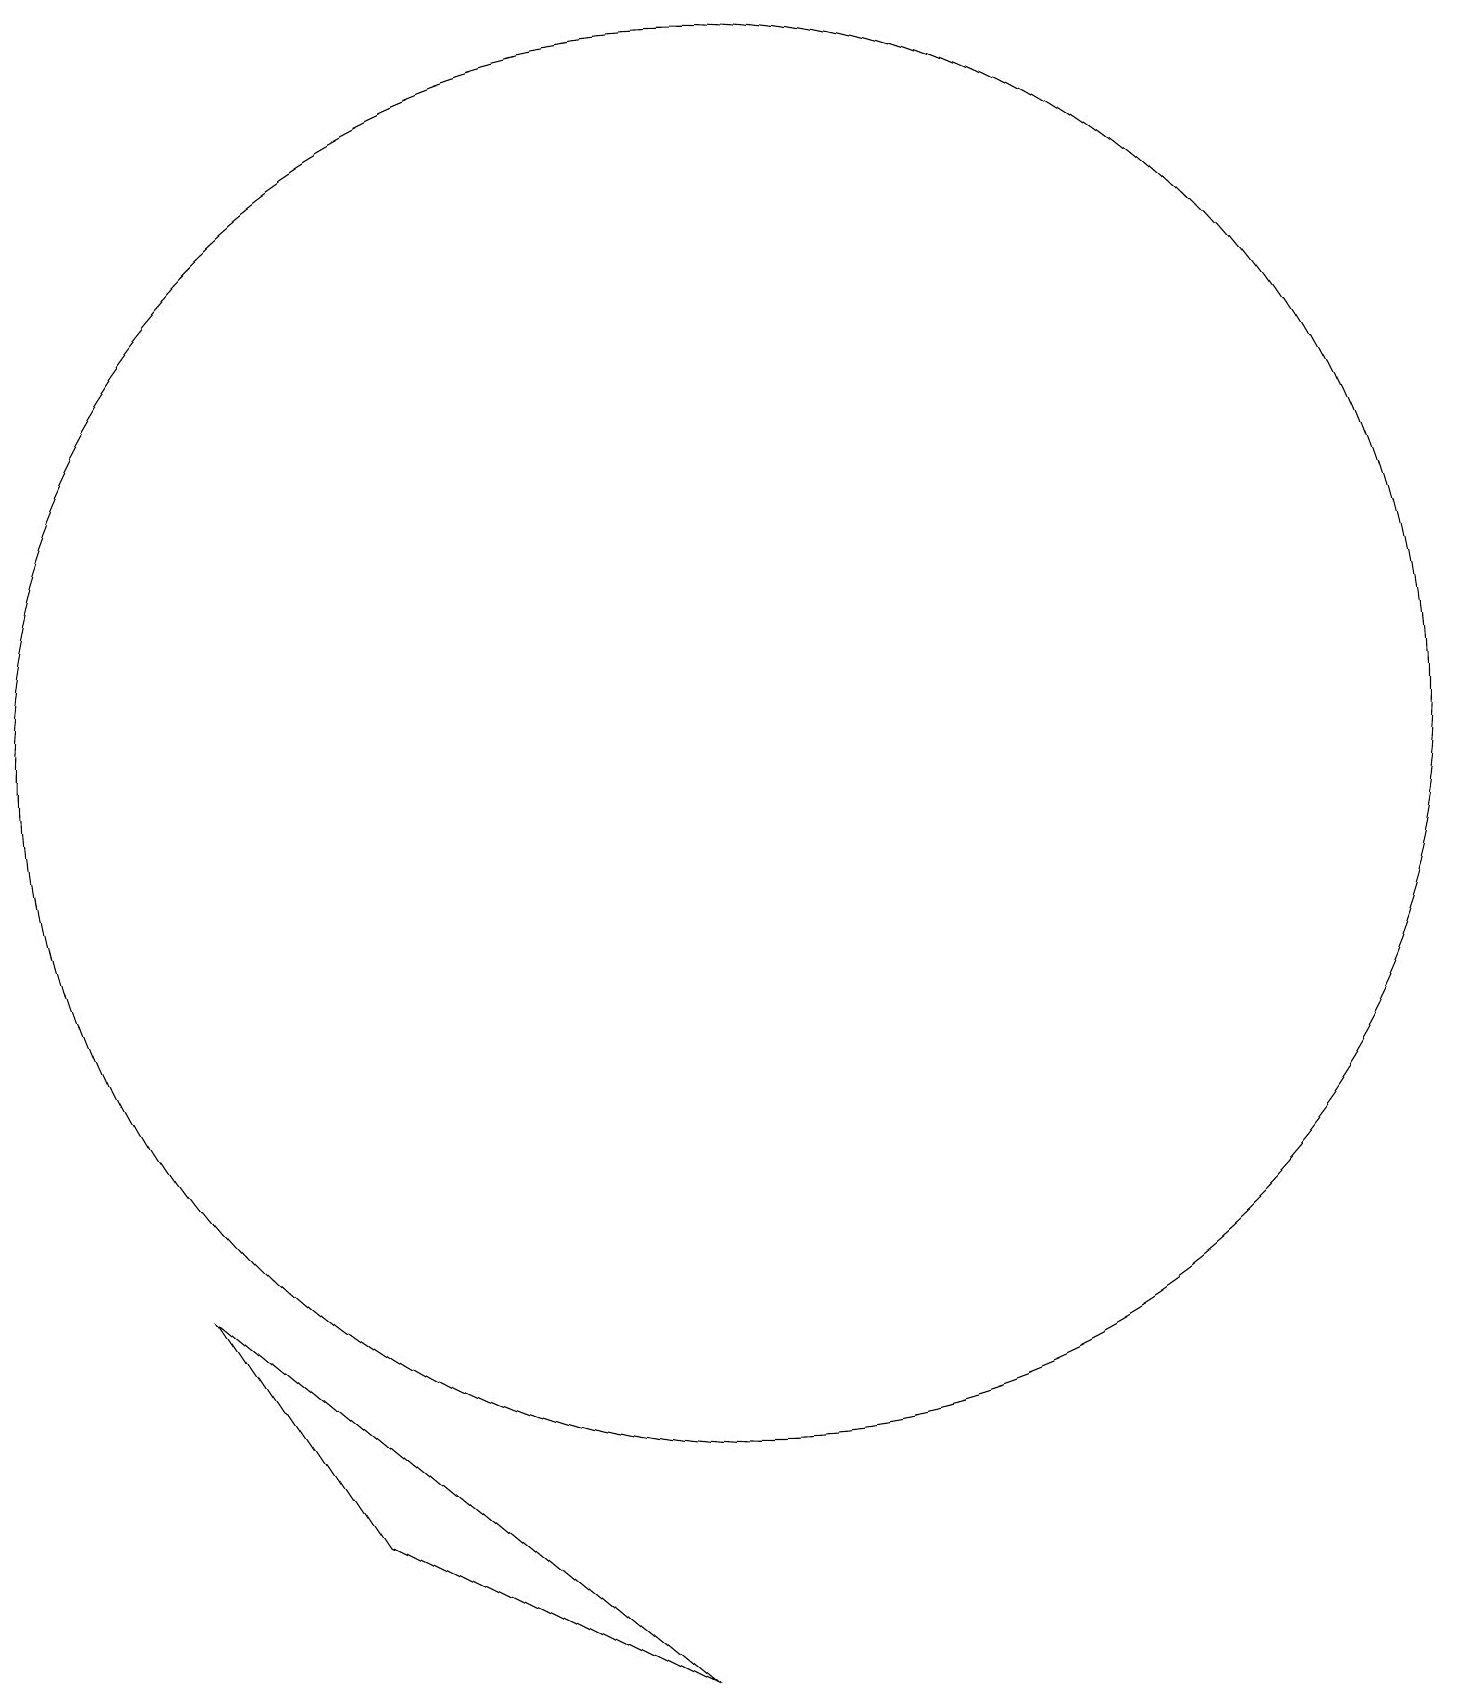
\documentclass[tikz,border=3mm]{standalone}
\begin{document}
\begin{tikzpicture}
\draw (11,10) circle (0);
\draw (10,12) circle (9);
\draw (3,5) -- (9,0) -- (5,2) -- cycle;
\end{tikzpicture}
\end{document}